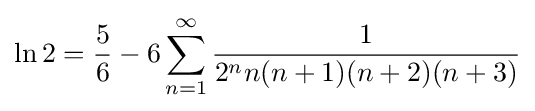
\ln 2={\frac {5}{6}}-6\sum _{n=1}^{\infty }{\frac {1}{2^{n}n(n+1)(n+2)(n+3)}}